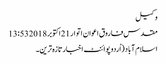
وکیل
مقدس فاروق اعوان اتوار 21 اکتوبر 2018 13:53
اسلام آباد (اُردو پوائنٹ اخبارتازہ ترین۔